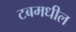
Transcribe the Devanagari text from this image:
टबमधील